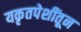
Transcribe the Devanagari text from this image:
यकृतपेशींतून